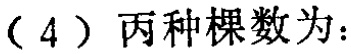
（4）丙种棵数为：